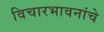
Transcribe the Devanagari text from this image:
विचारभावनांचे